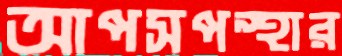
আপসপন্থার